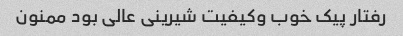
رفتار پیک خوب وکیفیت شیرینی عالی بود ممنون